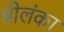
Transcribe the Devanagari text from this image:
श्रीलंंका